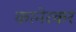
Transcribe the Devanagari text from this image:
कानेरकर